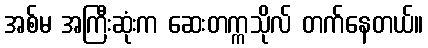
အစ်မ အကြီးဆုံးက ဆေးတက္ကသိုလ် တက်နေတယ်။